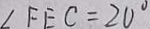
\angle F E C = 2 0 ^ { \circ }